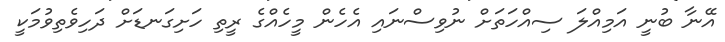
އޭނާ ބުނީ އަމިއްލަ ސިއްހަތަށް ނުވިސްނައި އެހެން މީހެއްގެ ރީތި ހަށިގަނޑަށް ދަހިވެތިވުމަކީ